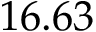
1 6 . 6 3